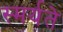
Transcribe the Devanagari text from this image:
स्मर्यते